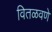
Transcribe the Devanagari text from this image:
वितळवणे